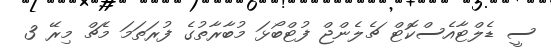
ސީ ޑެލްޓާއެސްކޮޓް ޗެލެންޖް ފުޓްބޯޅަ މުބާރާތުގެ ފުރަތަމަ މެޗް މިރޭ 3